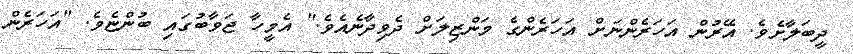
ދީބަލާށެވެ. އޭރުން އަހަރެންނަށް އަހަރެންގެ މަންޒިލަށް ދެވިދާނެއެވެ." އެމީހާ ޖަވާބުގައި ބުންޏެވެ. "އަހަރެން